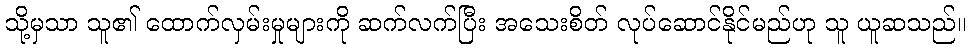
သို့မှသာ သူ၏ ထောက်လှမ်းမှုများကို ဆက်လက်ပြီး အသေးစိတ် လုပ်ဆောင်နိုင်မည်ဟု သူ ယူဆသည်။